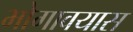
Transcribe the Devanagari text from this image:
भोगावयास